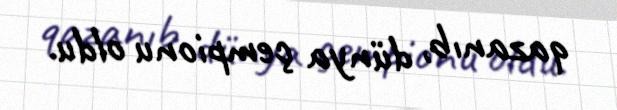
qazanıb, dünya çempionu oldu.